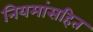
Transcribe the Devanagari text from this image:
नियमांसहित